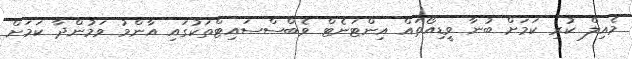
މެއިލް ކުރި ކަމަށް ބުނާ ވީޑިއޯތައް އިންޓަނެޓް ވެބްސްސައިޓްތަކުގައި އާންމު ވަމުންދާ ކަމަށް